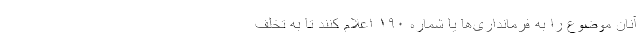
آنان موضوع را به فرمانداری‌ها یا شماره ۱۹۰ اعلام کنند تا به تخلف